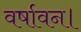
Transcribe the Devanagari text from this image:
वर्षावन।